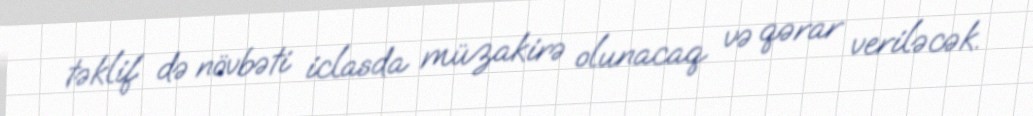
təklif də növbəti iclasda müzakirə olunacaq və qərar veriləcək.